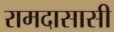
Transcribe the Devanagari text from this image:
रामदासासी